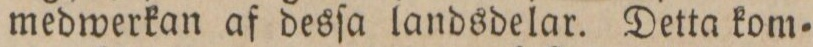
medwerkan af desſa landsdelar. Detta kom=